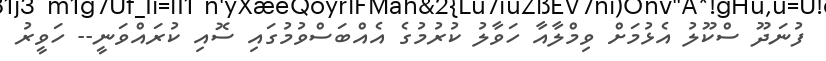
ފުނަދޫ ސްކޫލު އެޅުމަށް ވިމްލާއާ ހަވާލު ކުރުމުގެ އެއްބަސްވުމުގައި ސޮއި ކުރައްވަނީ-- ހަވީރު